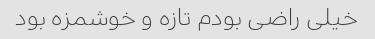
خیلی راضی بودم تازه و خوشمزه بود